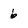
Character: 6